Indian journal of veterinary science and animal husbandry - Volumes 22-23, 1952-1953
Year: 1952
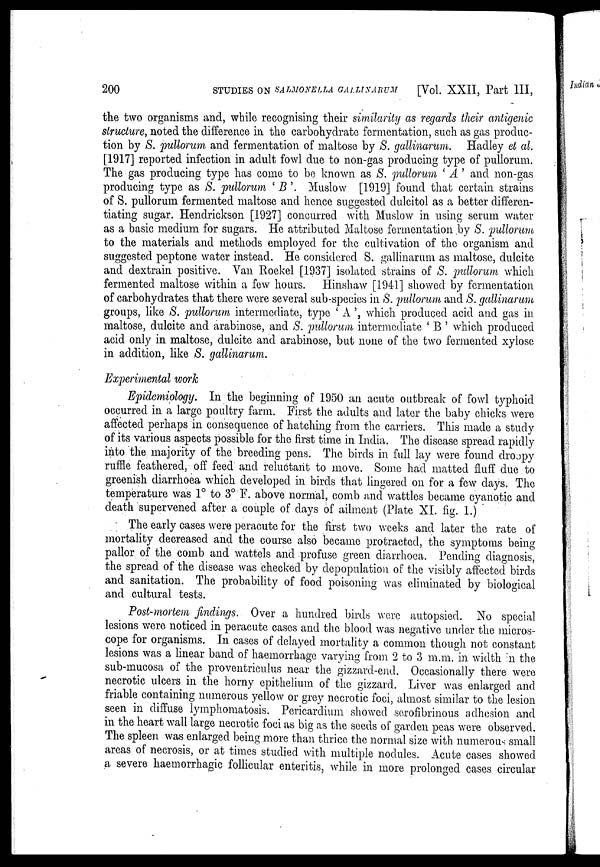
200
STUDIES ON SALMONELLA GALLINARUM [Vol. XXII, Part III,
the two organisms and, while recognising their similarity as regards their antigenic
structure, noted the difference in the carbohydrate fermentation, such as gas produc-
tion by S. pullorum and fermentation of maltose by S. gallinarum. Hadley et al.
[1917] reported infection in adult fowl due to non-gas producing type of pullorum.
The gas producing type has come to be known as S. pullorum 'A' and non-gas
producing type as S. pullorum 'B' Muslow [1919] found that certain strains
of S. pullorum fermented maltose and hence suggested dulcitol as a better differen-
tiating sugar. Hendrickson [1927] concurred with Muslow in using serum water
as a basic medium for sugars. He attributed Maltose fermentation by S. pullorum
to the materials and methods employed for the cultivation of the organism and
suggested peptone water instead. He considered S. gallinarum as maltose, dulcite
and dextrain positive. Van Roekel [1937] isolated strains of S. pullorum which
fermented maltose within a few hours. Hinshaw [1941] showed by fermentation
of carbohydrates that there were several sub-species in S. pullorum and S. gallinarum
groups, like S. pullorum intermediate, type 'A', which produced acid and gas in
maltose, dulcite and arabinose, and S. pullorum intermediate 'B' which produced
acid only in maltose, dulcite and arabinose, but none of the two fermented xylose
in addition, like S. gallinarum.
Experimental work
Epidemiology. In the beginning of 1950 an acute outbreak of fowl typhoid
occurred in a large poultry farm. First the adults and later the baby chicks were
affected perhaps in consequence of hatching from the carriers. This made a study
of its various aspects possible for the first time in India. The disease spread rapidly
into the majority of the breeding pens. The birds in full lay were found droopy
ruffle feathered, off feed and reluctant to move. Some had matted fluff due to
greenish diarrhoea which developed in birds that lingered on for a few days. The
temperature was 1° to 3° F. above normal, comb and wattles became cyanotic and
death supervened after a couple of days of ailment (Plate XI. fig. 1.)
The early cases were peracute for the first two weeks and later the rate of
mortality decreased and the coarse also became protracted, the symptoms being-
pallor of the comb and wattels and profuse green diarrhoea. Pending diagnosis,
the spread of the disease was checked by depopulation of the visibly affected birds
and sanitation. The probability of food poisoning was eliminated by biological
and cultural tests.
Post-mortem findings. Over a hundred birds were autopsied. No special
lesions were noticed in peracute cases and the blood was negative under the micros-
cope for organisms. In cases of delayed mortality a common though not constant
lesions was a linear band of haemorrhage varying from 2 to 3 m.m. in width n the
sub-mucosa of the proventriculus near the gizzard-end. Occasionally there were
necrotic ulcers in the horny epithelium of the gizzard. Liver was enlarged and
friable containing numerous yellow or grey necrotic foci, almost similar to the lesion
seen in diffuse lymphomatosis. Pericardium showed serofibrinous adhesion and
in the heart wall large necrotic foci as big as the seeds of garden peas were observed.
The spleen was enlarged being more than thrice the normal size with numerous small
areas of necrosis, or at times studied with multiple nodules. Acute cases showed
a severe haemorrhagic follicular enteritis, while in more prolonged cases circular